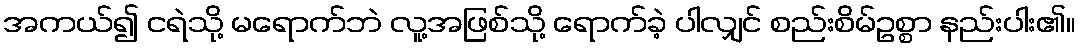
အကယ်၍ ငရဲသို့ မရောက်ဘဲ လူ့အဖြစ်သို့ ရောက်ခဲ့ ပါလျှင် စည်းစိမ်ဥစ္စာ နည်းပါး၏။